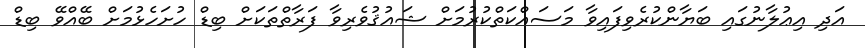
އަދި އިޢުލާނުގައި ބަޔާންކުރެވިފައިވާ މަސައްކަތްކުރުމަށް ޝައުޤުވެރިވާ ފަރާތްތަކަށް ބިޑް ހުށަހެޅުމަށް ބޭއްވޭ ބިޑް